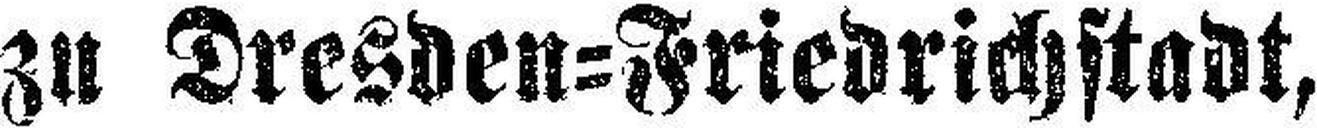
zu Dresden=Friedrichstadt,